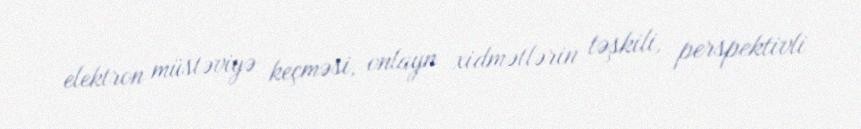
elektron müstəviyə keçməsi, onlayn xidmətlərin təşkili, perspektivli